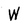
Character: W